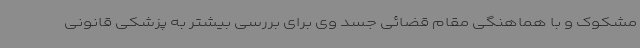
مشکوک و با هماهنگی مقام قضائی جسد وی برای بررسی بیشتر به پزشکی قانونی